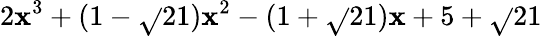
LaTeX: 2\mathbf{x}^{3}+(1-\sqrt{}{{21}})\mathbf{x}^{2}-(1+\sqrt{}{{21}})\mathbf{x}+5+\sqrt{}{{21}}